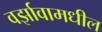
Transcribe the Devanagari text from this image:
वर्झावामधील